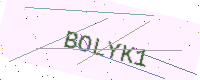
Text: BOLYK1